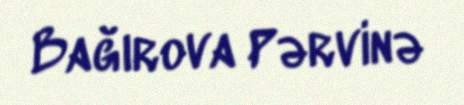
Bağırova Pərvinə